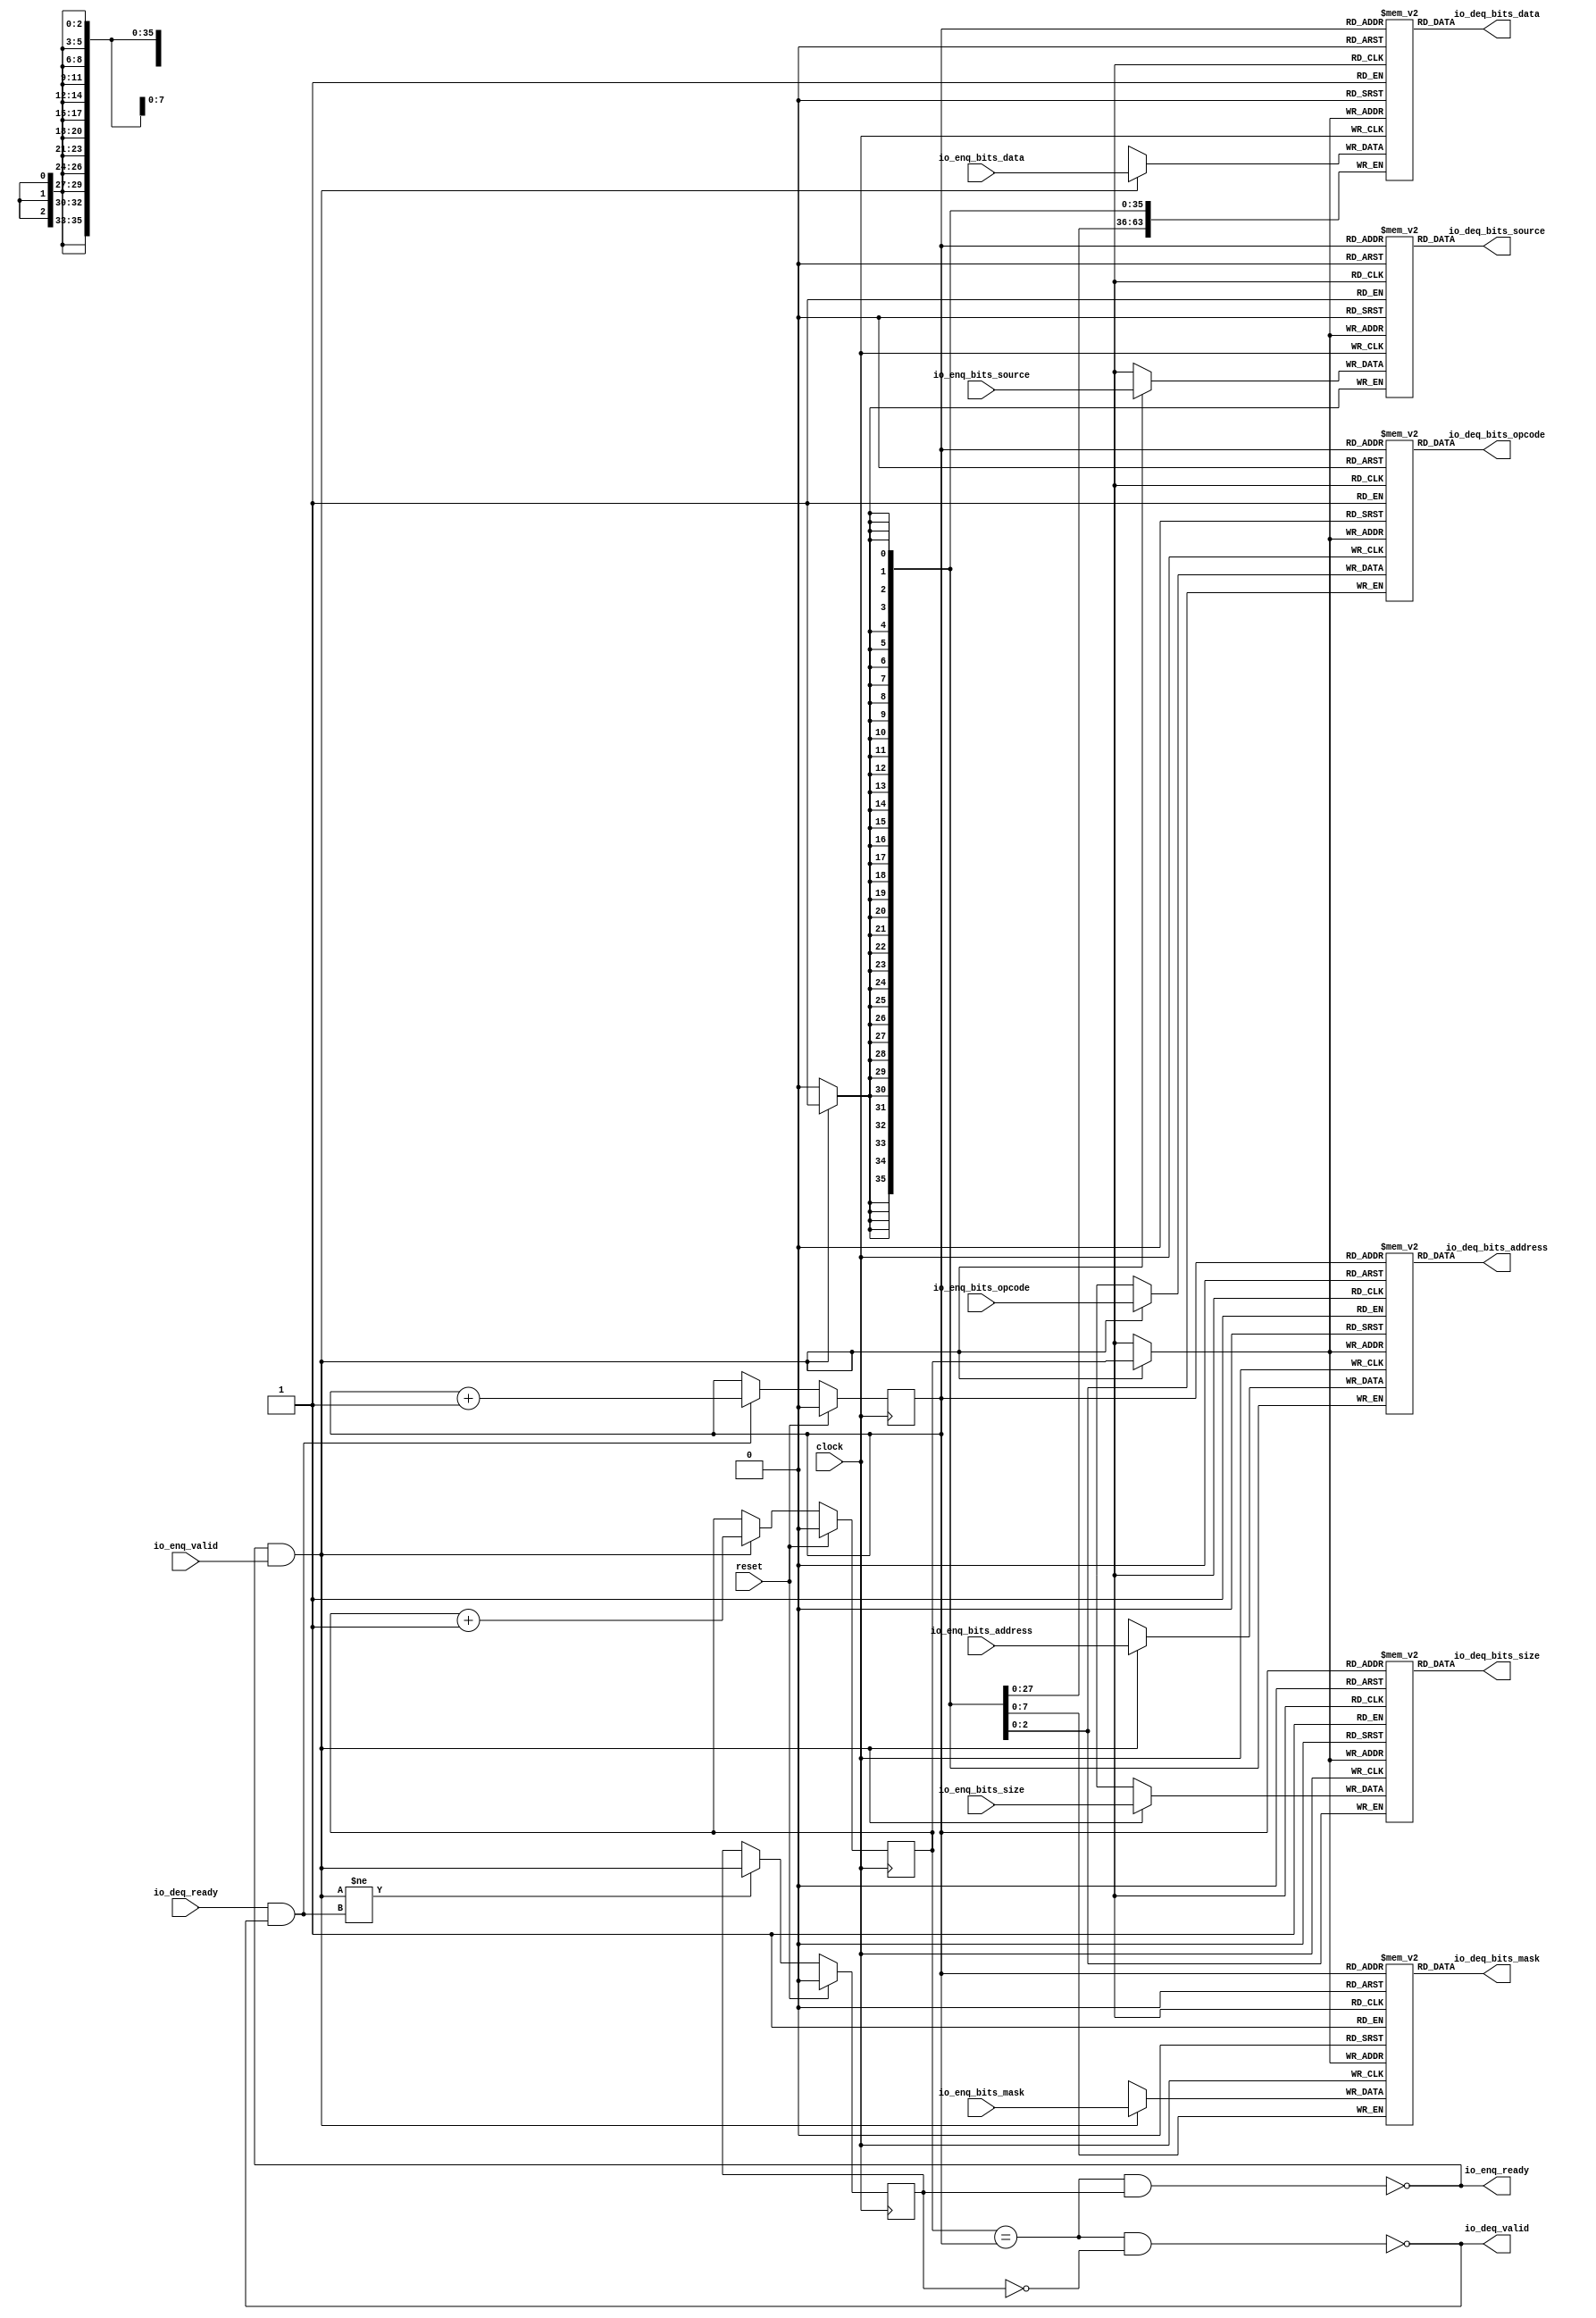
module Queue_12(
  input         clock,
  input         reset,
  output        io_enq_ready,
  input         io_enq_valid,
  input  [2:0]  io_enq_bits_opcode,
  input  [2:0]  io_enq_bits_size,
  input         io_enq_bits_source,
  input  [35:0] io_enq_bits_address,
  input  [7:0]  io_enq_bits_mask,
  input  [63:0] io_enq_bits_data,
  input         io_deq_ready,
  output        io_deq_valid,
  output [2:0]  io_deq_bits_opcode,
  output [2:0]  io_deq_bits_size,
  output        io_deq_bits_source,
  output [35:0] io_deq_bits_address,
  output [7:0]  io_deq_bits_mask,
  output [63:0] io_deq_bits_data
);
`ifdef RANDOMIZE_MEM_INIT
  reg [31:0] _RAND_0;
  reg [31:0] _RAND_1;
  reg [31:0] _RAND_2;
  reg [63:0] _RAND_3;
  reg [31:0] _RAND_4;
  reg [63:0] _RAND_5;
`endif // RANDOMIZE_MEM_INIT
`ifdef RANDOMIZE_REG_INIT
  reg [31:0] _RAND_6;
  reg [31:0] _RAND_7;
  reg [31:0] _RAND_8;
`endif // RANDOMIZE_REG_INIT
  reg [2:0] ram_opcode [0:1]; // @[Decoupled.scala 224:95]
  wire  ram_opcode_io_deq_bits_MPORT_en; // @[Decoupled.scala 224:95]
  wire  ram_opcode_io_deq_bits_MPORT_addr; // @[Decoupled.scala 224:95]
  wire [2:0] ram_opcode_io_deq_bits_MPORT_data; // @[Decoupled.scala 224:95]
  wire [2:0] ram_opcode_MPORT_data; // @[Decoupled.scala 224:95]
  wire  ram_opcode_MPORT_addr; // @[Decoupled.scala 224:95]
  wire  ram_opcode_MPORT_mask; // @[Decoupled.scala 224:95]
  wire  ram_opcode_MPORT_en; // @[Decoupled.scala 224:95]
  reg [2:0] ram_size [0:1]; // @[Decoupled.scala 224:95]
  wire  ram_size_io_deq_bits_MPORT_en; // @[Decoupled.scala 224:95]
  wire  ram_size_io_deq_bits_MPORT_addr; // @[Decoupled.scala 224:95]
  wire [2:0] ram_size_io_deq_bits_MPORT_data; // @[Decoupled.scala 224:95]
  wire [2:0] ram_size_MPORT_data; // @[Decoupled.scala 224:95]
  wire  ram_size_MPORT_addr; // @[Decoupled.scala 224:95]
  wire  ram_size_MPORT_mask; // @[Decoupled.scala 224:95]
  wire  ram_size_MPORT_en; // @[Decoupled.scala 224:95]
  reg  ram_source [0:1]; // @[Decoupled.scala 224:95]
  wire  ram_source_io_deq_bits_MPORT_en; // @[Decoupled.scala 224:95]
  wire  ram_source_io_deq_bits_MPORT_addr; // @[Decoupled.scala 224:95]
  wire  ram_source_io_deq_bits_MPORT_data; // @[Decoupled.scala 224:95]
  wire  ram_source_MPORT_data; // @[Decoupled.scala 224:95]
  wire  ram_source_MPORT_addr; // @[Decoupled.scala 224:95]
  wire  ram_source_MPORT_mask; // @[Decoupled.scala 224:95]
  wire  ram_source_MPORT_en; // @[Decoupled.scala 224:95]
  reg [35:0] ram_address [0:1]; // @[Decoupled.scala 224:95]
  wire  ram_address_io_deq_bits_MPORT_en; // @[Decoupled.scala 224:95]
  wire  ram_address_io_deq_bits_MPORT_addr; // @[Decoupled.scala 224:95]
  wire [35:0] ram_address_io_deq_bits_MPORT_data; // @[Decoupled.scala 224:95]
  wire [35:0] ram_address_MPORT_data; // @[Decoupled.scala 224:95]
  wire  ram_address_MPORT_addr; // @[Decoupled.scala 224:95]
  wire  ram_address_MPORT_mask; // @[Decoupled.scala 224:95]
  wire  ram_address_MPORT_en; // @[Decoupled.scala 224:95]
  reg [7:0] ram_mask [0:1]; // @[Decoupled.scala 224:95]
  wire  ram_mask_io_deq_bits_MPORT_en; // @[Decoupled.scala 224:95]
  wire  ram_mask_io_deq_bits_MPORT_addr; // @[Decoupled.scala 224:95]
  wire [7:0] ram_mask_io_deq_bits_MPORT_data; // @[Decoupled.scala 224:95]
  wire [7:0] ram_mask_MPORT_data; // @[Decoupled.scala 224:95]
  wire  ram_mask_MPORT_addr; // @[Decoupled.scala 224:95]
  wire  ram_mask_MPORT_mask; // @[Decoupled.scala 224:95]
  wire  ram_mask_MPORT_en; // @[Decoupled.scala 224:95]
  reg [63:0] ram_data [0:1]; // @[Decoupled.scala 224:95]
  wire  ram_data_io_deq_bits_MPORT_en; // @[Decoupled.scala 224:95]
  wire  ram_data_io_deq_bits_MPORT_addr; // @[Decoupled.scala 224:95]
  wire [63:0] ram_data_io_deq_bits_MPORT_data; // @[Decoupled.scala 224:95]
  wire [63:0] ram_data_MPORT_data; // @[Decoupled.scala 224:95]
  wire  ram_data_MPORT_addr; // @[Decoupled.scala 224:95]
  wire  ram_data_MPORT_mask; // @[Decoupled.scala 224:95]
  wire  ram_data_MPORT_en; // @[Decoupled.scala 224:95]
  reg  value; // @[Counter.scala 60:40]
  reg  value_1; // @[Counter.scala 60:40]
  reg  maybe_full; // @[Decoupled.scala 227:27]
  wire  ptr_match = value == value_1; // @[Decoupled.scala 228:33]
  wire  empty = ptr_match & ~maybe_full; // @[Decoupled.scala 229:25]
  wire  full = ptr_match & maybe_full; // @[Decoupled.scala 230:24]
  wire  do_enq = io_enq_ready & io_enq_valid; // @[Decoupled.scala 40:37]
  wire  do_deq = io_deq_ready & io_deq_valid; // @[Decoupled.scala 40:37]
  assign ram_opcode_io_deq_bits_MPORT_en = 1'h1;
  assign ram_opcode_io_deq_bits_MPORT_addr = value_1;
  assign ram_opcode_io_deq_bits_MPORT_data = ram_opcode[ram_opcode_io_deq_bits_MPORT_addr]; // @[Decoupled.scala 224:95]
  assign ram_opcode_MPORT_data = io_enq_bits_opcode;
  assign ram_opcode_MPORT_addr = value;
  assign ram_opcode_MPORT_mask = 1'h1;
  assign ram_opcode_MPORT_en = io_enq_ready & io_enq_valid;
  assign ram_size_io_deq_bits_MPORT_en = 1'h1;
  assign ram_size_io_deq_bits_MPORT_addr = value_1;
  assign ram_size_io_deq_bits_MPORT_data = ram_size[ram_size_io_deq_bits_MPORT_addr]; // @[Decoupled.scala 224:95]
  assign ram_size_MPORT_data = io_enq_bits_size;
  assign ram_size_MPORT_addr = value;
  assign ram_size_MPORT_mask = 1'h1;
  assign ram_size_MPORT_en = io_enq_ready & io_enq_valid;
  assign ram_source_io_deq_bits_MPORT_en = 1'h1;
  assign ram_source_io_deq_bits_MPORT_addr = value_1;
  assign ram_source_io_deq_bits_MPORT_data = ram_source[ram_source_io_deq_bits_MPORT_addr]; // @[Decoupled.scala 224:95]
  assign ram_source_MPORT_data = io_enq_bits_source;
  assign ram_source_MPORT_addr = value;
  assign ram_source_MPORT_mask = 1'h1;
  assign ram_source_MPORT_en = io_enq_ready & io_enq_valid;
  assign ram_address_io_deq_bits_MPORT_en = 1'h1;
  assign ram_address_io_deq_bits_MPORT_addr = value_1;
  assign ram_address_io_deq_bits_MPORT_data = ram_address[ram_address_io_deq_bits_MPORT_addr]; // @[Decoupled.scala 224:95]
  assign ram_address_MPORT_data = io_enq_bits_address;
  assign ram_address_MPORT_addr = value;
  assign ram_address_MPORT_mask = 1'h1;
  assign ram_address_MPORT_en = io_enq_ready & io_enq_valid;
  assign ram_mask_io_deq_bits_MPORT_en = 1'h1;
  assign ram_mask_io_deq_bits_MPORT_addr = value_1;
  assign ram_mask_io_deq_bits_MPORT_data = ram_mask[ram_mask_io_deq_bits_MPORT_addr]; // @[Decoupled.scala 224:95]
  assign ram_mask_MPORT_data = io_enq_bits_mask;
  assign ram_mask_MPORT_addr = value;
  assign ram_mask_MPORT_mask = 1'h1;
  assign ram_mask_MPORT_en = io_enq_ready & io_enq_valid;
  assign ram_data_io_deq_bits_MPORT_en = 1'h1;
  assign ram_data_io_deq_bits_MPORT_addr = value_1;
  assign ram_data_io_deq_bits_MPORT_data = ram_data[ram_data_io_deq_bits_MPORT_addr]; // @[Decoupled.scala 224:95]
  assign ram_data_MPORT_data = io_enq_bits_data;
  assign ram_data_MPORT_addr = value;
  assign ram_data_MPORT_mask = 1'h1;
  assign ram_data_MPORT_en = io_enq_ready & io_enq_valid;
  assign io_enq_ready = ~full; // @[Decoupled.scala 254:19]
  assign io_deq_valid = ~empty; // @[Decoupled.scala 253:19]
  assign io_deq_bits_opcode = ram_opcode_io_deq_bits_MPORT_data; // @[Decoupled.scala 262:17]
  assign io_deq_bits_size = ram_size_io_deq_bits_MPORT_data; // @[Decoupled.scala 262:17]
  assign io_deq_bits_source = ram_source_io_deq_bits_MPORT_data; // @[Decoupled.scala 262:17]
  assign io_deq_bits_address = ram_address_io_deq_bits_MPORT_data; // @[Decoupled.scala 262:17]
  assign io_deq_bits_mask = ram_mask_io_deq_bits_MPORT_data; // @[Decoupled.scala 262:17]
  assign io_deq_bits_data = ram_data_io_deq_bits_MPORT_data; // @[Decoupled.scala 262:17]
  always @(posedge clock) begin
    if (ram_opcode_MPORT_en & ram_opcode_MPORT_mask) begin
      ram_opcode[ram_opcode_MPORT_addr] <= ram_opcode_MPORT_data; // @[Decoupled.scala 224:95]
    end
    if (ram_size_MPORT_en & ram_size_MPORT_mask) begin
      ram_size[ram_size_MPORT_addr] <= ram_size_MPORT_data; // @[Decoupled.scala 224:95]
    end
    if (ram_source_MPORT_en & ram_source_MPORT_mask) begin
      ram_source[ram_source_MPORT_addr] <= ram_source_MPORT_data; // @[Decoupled.scala 224:95]
    end
    if (ram_address_MPORT_en & ram_address_MPORT_mask) begin
      ram_address[ram_address_MPORT_addr] <= ram_address_MPORT_data; // @[Decoupled.scala 224:95]
    end
    if (ram_mask_MPORT_en & ram_mask_MPORT_mask) begin
      ram_mask[ram_mask_MPORT_addr] <= ram_mask_MPORT_data; // @[Decoupled.scala 224:95]
    end
    if (ram_data_MPORT_en & ram_data_MPORT_mask) begin
      ram_data[ram_data_MPORT_addr] <= ram_data_MPORT_data; // @[Decoupled.scala 224:95]
    end
    if (reset) begin // @[Counter.scala 60:40]
      value <= 1'h0; // @[Counter.scala 60:40]
    end else if (do_enq) begin // @[Decoupled.scala 237:17]
      value <= value + 1'h1; // @[Counter.scala 76:15]
    end
    if (reset) begin // @[Counter.scala 60:40]
      value_1 <= 1'h0; // @[Counter.scala 60:40]
    end else if (do_deq) begin // @[Decoupled.scala 241:17]
      value_1 <= value_1 + 1'h1; // @[Counter.scala 76:15]
    end
    if (reset) begin // @[Decoupled.scala 227:27]
      maybe_full <= 1'h0; // @[Decoupled.scala 227:27]
    end else if (do_enq != do_deq) begin // @[Decoupled.scala 244:28]
      maybe_full <= do_enq; // @[Decoupled.scala 245:16]
    end
  end
// Register and memory initialization
`ifdef RANDOMIZE_GARBAGE_ASSIGN
`define RANDOMIZE
`endif
`ifdef RANDOMIZE_INVALID_ASSIGN
`define RANDOMIZE
`endif
`ifdef RANDOMIZE_REG_INIT
`define RANDOMIZE
`endif
`ifdef RANDOMIZE_MEM_INIT
`define RANDOMIZE
`endif
`ifndef RANDOM
`define RANDOM $random
`endif
`ifdef RANDOMIZE_MEM_INIT
  integer initvar;
`endif
`ifndef SYNTHESIS
`ifdef FIRRTL_BEFORE_INITIAL
`FIRRTL_BEFORE_INITIAL
`endif
initial begin
  `ifdef RANDOMIZE
    `ifdef INIT_RANDOM
      `INIT_RANDOM
    `endif
    `ifndef VERILATOR
      `ifdef RANDOMIZE_DELAY
        #`RANDOMIZE_DELAY begin end
      `else
        #0.002 begin end
      `endif
    `endif
`ifdef RANDOMIZE_MEM_INIT
  _RAND_0 = {1{`RANDOM}};
  for (initvar = 0; initvar < 2; initvar = initvar+1)
    ram_opcode[initvar] = _RAND_0[2:0];
  _RAND_1 = {1{`RANDOM}};
  for (initvar = 0; initvar < 2; initvar = initvar+1)
    ram_size[initvar] = _RAND_1[2:0];
  _RAND_2 = {1{`RANDOM}};
  for (initvar = 0; initvar < 2; initvar = initvar+1)
    ram_source[initvar] = _RAND_2[0:0];
  _RAND_3 = {2{`RANDOM}};
  for (initvar = 0; initvar < 2; initvar = initvar+1)
    ram_address[initvar] = _RAND_3[35:0];
  _RAND_4 = {1{`RANDOM}};
  for (initvar = 0; initvar < 2; initvar = initvar+1)
    ram_mask[initvar] = _RAND_4[7:0];
  _RAND_5 = {2{`RANDOM}};
  for (initvar = 0; initvar < 2; initvar = initvar+1)
    ram_data[initvar] = _RAND_5[63:0];
`endif // RANDOMIZE_MEM_INIT
`ifdef RANDOMIZE_REG_INIT
  _RAND_6 = {1{`RANDOM}};
  value = _RAND_6[0:0];
  _RAND_7 = {1{`RANDOM}};
  value_1 = _RAND_7[0:0];
  _RAND_8 = {1{`RANDOM}};
  maybe_full = _RAND_8[0:0];
`endif // RANDOMIZE_REG_INIT
  `endif // RANDOMIZE
end // initial
`ifdef FIRRTL_AFTER_INITIAL
`FIRRTL_AFTER_INITIAL
`endif
`endif // SYNTHESIS
endmodule